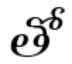
తో